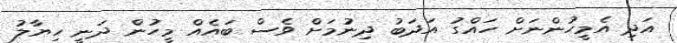
އަދި އެމީހުންނަށް ހައްގު އަދަބު ދިނުމަށް ވެސް ބައެއް މީހުން ދަނީ ހިޔާލު